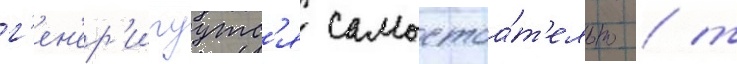
г'ен'ер'ируутс'я самостоа́т'ельно / т